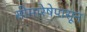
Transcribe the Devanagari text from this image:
सीमारेषेपासून